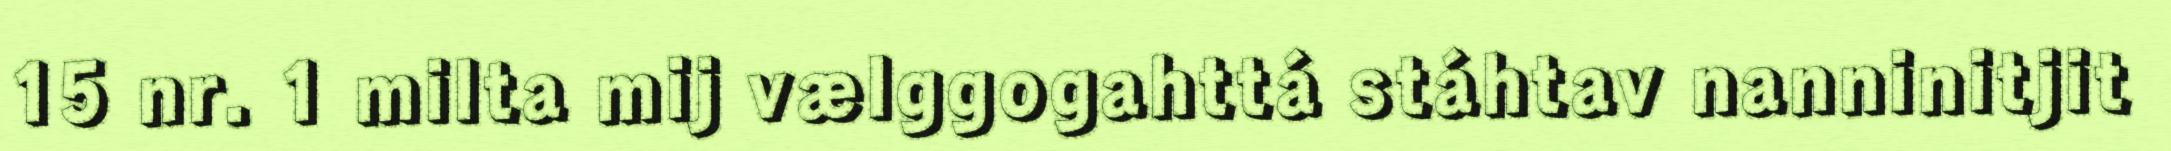
15 nr. 1 milta mij vælggogahttá stáhtav nanninitjit